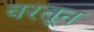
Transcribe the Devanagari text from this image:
वरतून